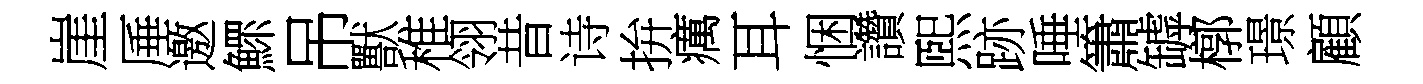
崖厜邀鰥吊獸稚翎昔诗拚癘耳悃讚煕跡唾簫罅槨璟顧